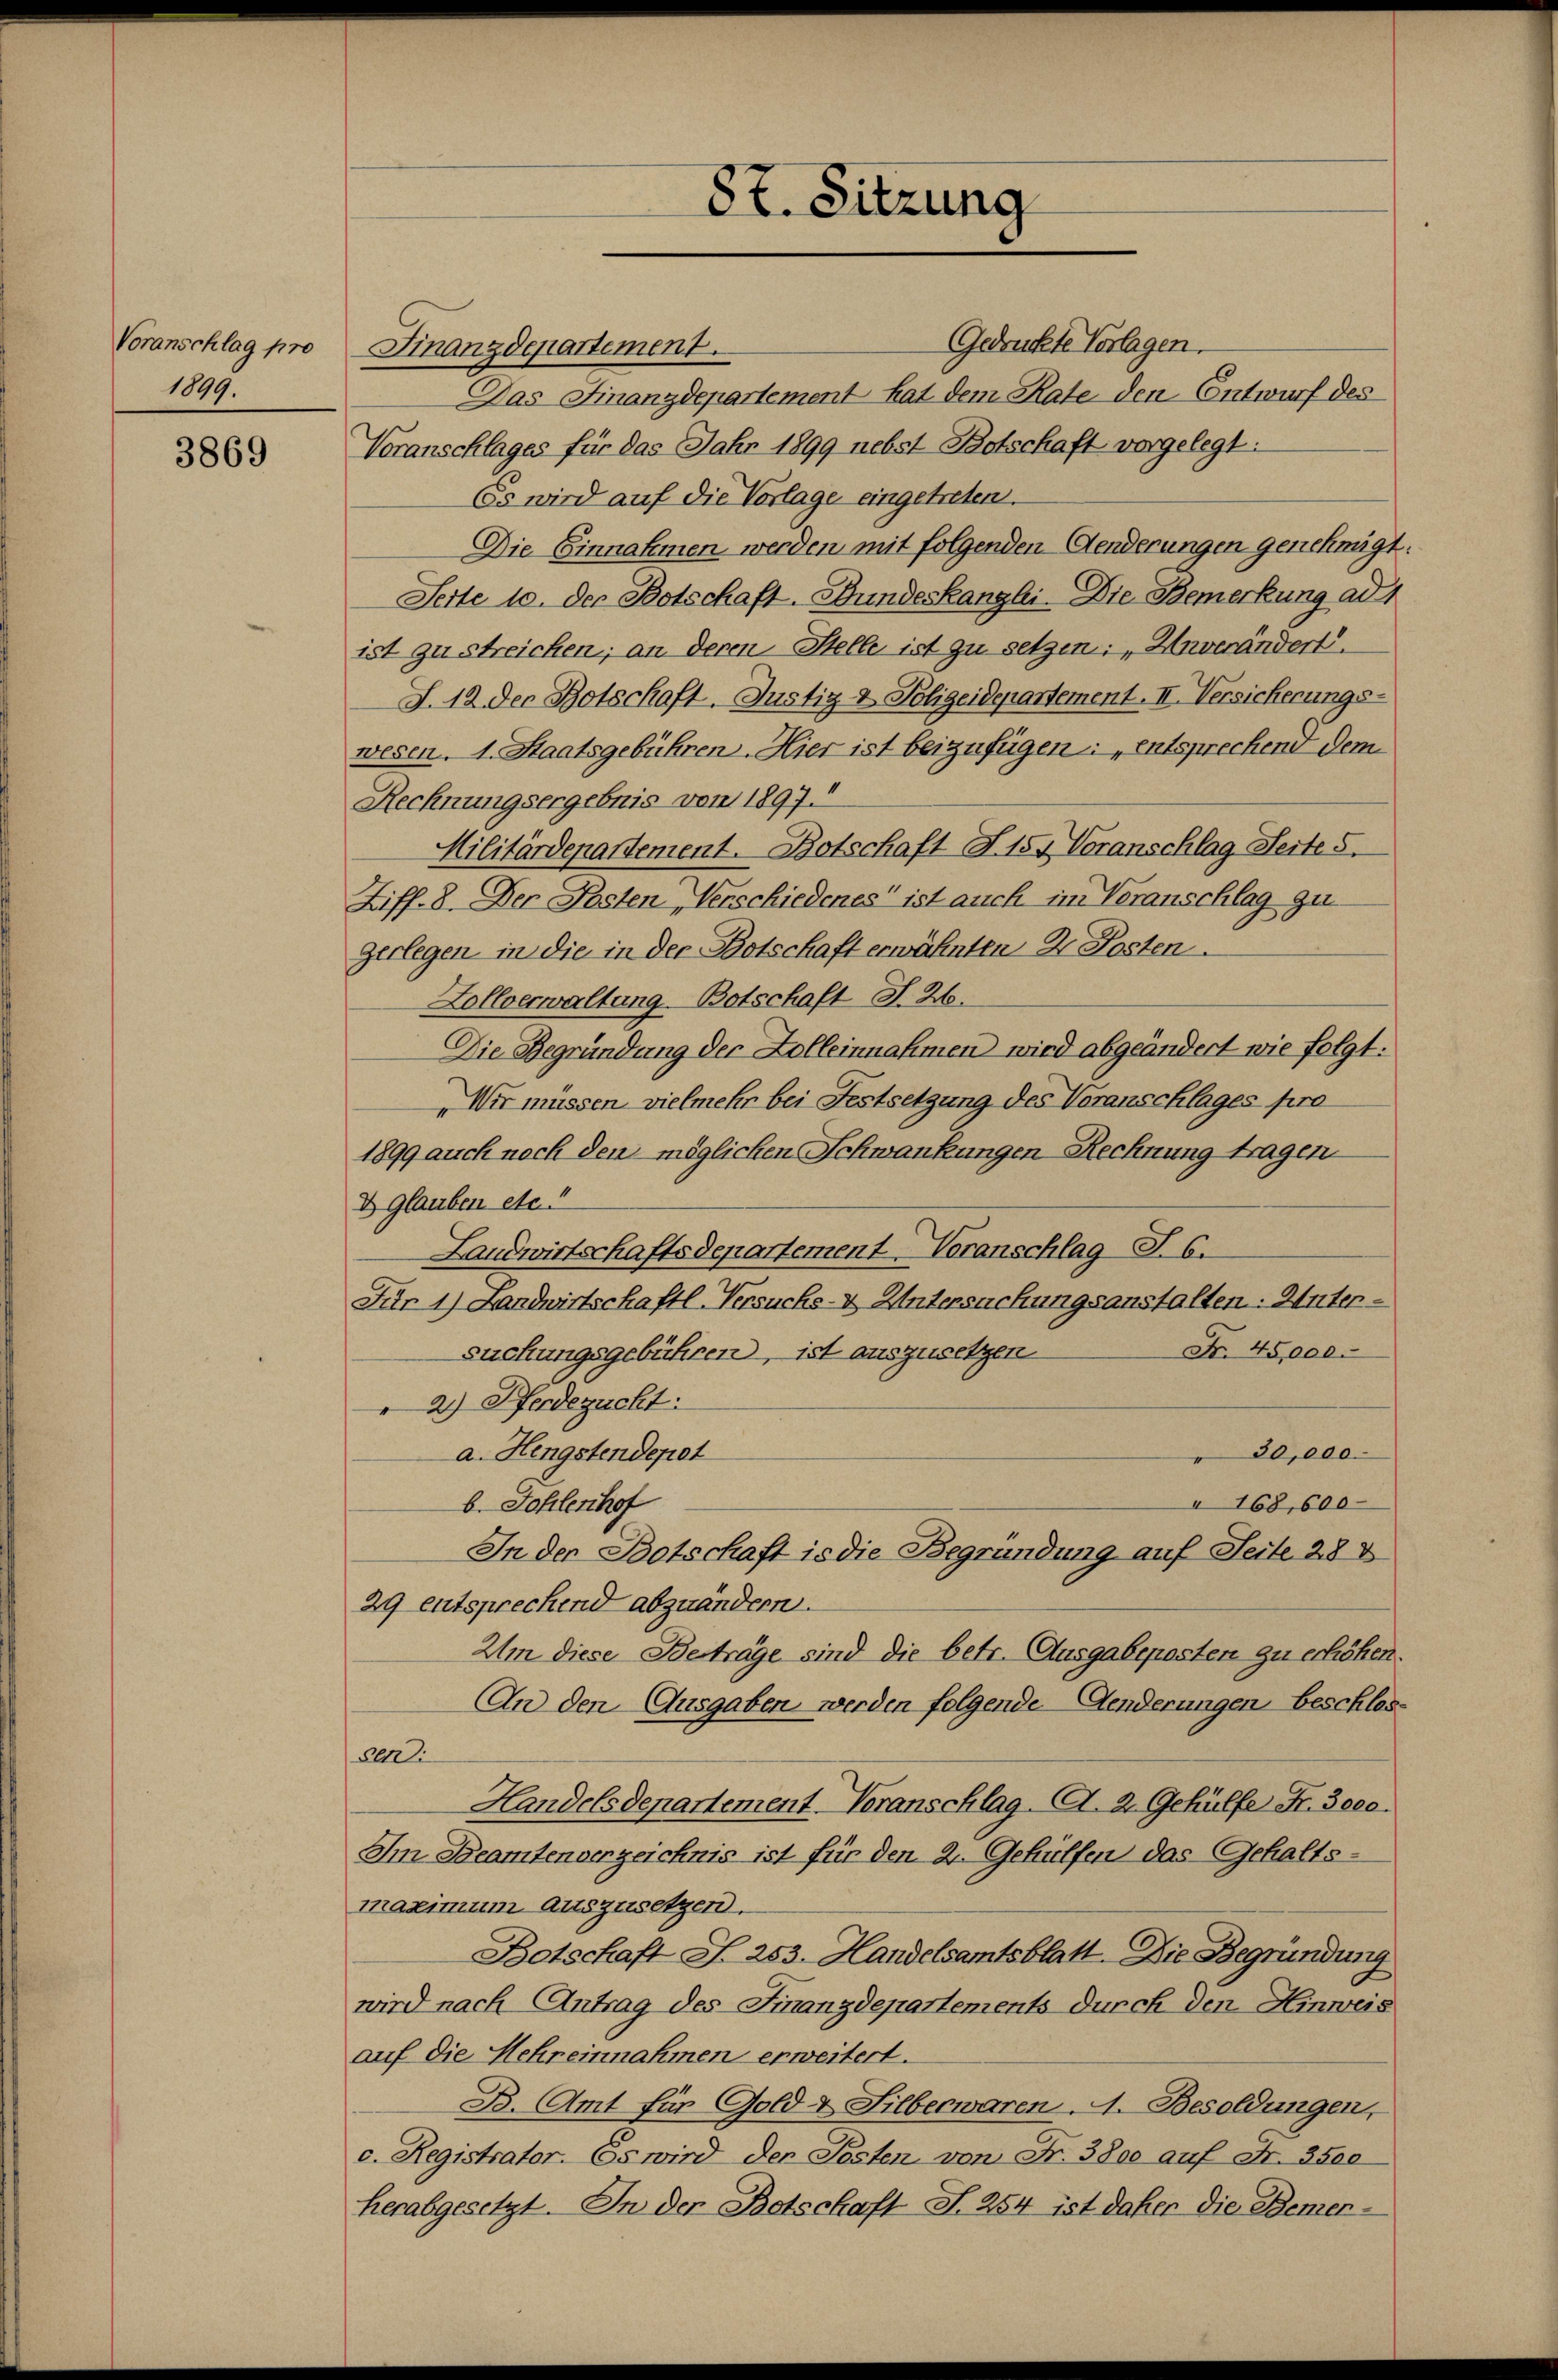
Voranschlag pro
1899.

3869

87. Sitzung

Gedrückte Vorlagen.
Finanzdepartement.
Das Finanzdepartement hat dem Rate den Entwurf des
Voranschlages für das Jahr 1899 nebst Botschaft vorgelegt:
Es wird auf die Vorlage eingetreten.
Die Einnahmen werden mit folgenden Aenderungen genehmigt.
Seite 10. der Botschaft-Bundeskanzlei. Die Bemerkung ad 1
ist zu streichen; an deren Stelle ist zu setzen: „Unverändert.
S. 12 der Botschaft. Justiz- & Polizeidepartement. II. Versicherungs-
wesen. 1. Staatsgebühren. Hier ist beizufügen entsprechend dem
Rechnungsergebnis von 1897.
Militärdepartement. Botschaft S. 155 Voranschlag Seite 5.
Ziff. 8. Der Posten Verschiedenes ist auch im Veranschlag zu
gerlegen in die in der Botschaft erwähnten Dr. Posten
Zollverwaltung Botschaft S. 26.
Die Begründung der Kolleinnahmen wird abgeändert wie folgt:
Wir müssen vielmehr bei Festsetzung des Voranschlages pro
1899 auch noch den möglichen Schwankungen Rechnung tragen
D Glauben etc.“
Landwirtschaftsdepartement Voranschlag S. 6.
Für 1) Landwirtschaftl-Versuchs- & Untersuchungsanstalten. Unter¬
Fr. 45,000.
Suckungsgebühren, ist auszusetzen
2) Pferdezuckt:
30,000.
a. Hengstendepot
b. Sohlenhof
168,600
In der Botschaft is die Begründung auf Seite 288
29 entsprechend abzuändern.
Um diese Beträge sind die betr. Ausgabeposten zu erhöhen.
An den Ausgaben werden folgende Aenderungen beschlos¬
2
Handelsdepartement-Voranschlag. A. 2. Gehülfe Fr. 3000.
Im Beamtenverzeichnis ist für den 2. Gehülfen das Gehaltsmassimum auszusetzen.
Botschaft S. 253. Handelsamtsblatt. Die Begründung
wird nach Antrag des Finanzdepartements durch den Hinweis
auf die Mehreinnahmen erweitert.
B. Amt für Gold- & Silberwaren. A. Besoldungen,
c. Registrator. Es wird der Posten von Fr. 3800 auf Fr. 3500
herabgesetzt. In der Botschaft S. 254 ist daher die Bemer¬